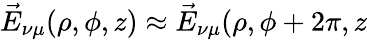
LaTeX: \vec{E}_{\nu\mu}(\rho,\phi,z)\approx\vec{E}_{\nu\mu}(\rho,\phi+2\pi,z